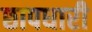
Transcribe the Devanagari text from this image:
छापधारी